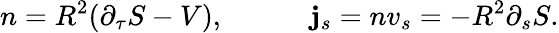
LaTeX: n=R^{2}{\left(\partial_{\tau}S-V\right)},\qquad\quad\mathbf{j}_{s}=nv_{s}=-R^{2}\partial_{s}S.